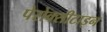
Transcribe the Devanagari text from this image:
पेरोक्सीटाइन